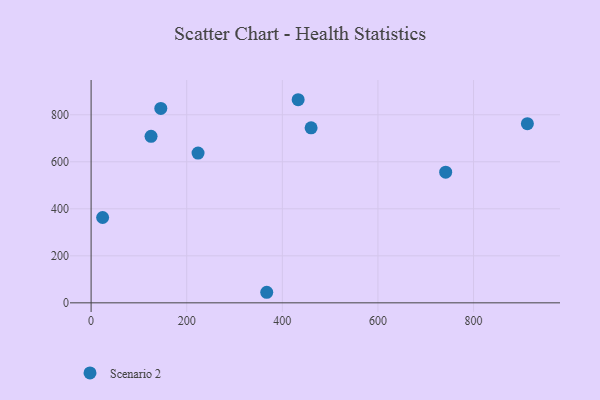
{"axis": {"x": "Ad Spend", "y": "Fuel Efficiency"}, "legend": ["Scenario 2"], "data": [{"x": "145.8", "y": 826.7, "type": "Scenario 2"}, {"x": "24.1", "y": 363.0, "type": "Scenario 2"}, {"x": "433.1", "y": 863.9, "type": "Scenario 2"}, {"x": "912.6", "y": 761.9, "type": "Scenario 2"}, {"x": "223.7", "y": 636.8, "type": "Scenario 2"}, {"x": "367.4", "y": 44.9, "type": "Scenario 2"}, {"x": "125.4", "y": 708.1, "type": "Scenario 2"}, {"x": "741.7", "y": 555.8, "type": "Scenario 2"}, {"x": "460.2", "y": 744.3, "type": "Scenario 2"}]}